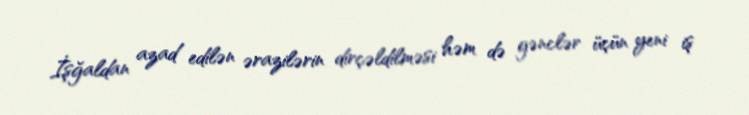
İşğaldan azad edilən ərazilərin dirçəldilməsi həm də gənclər üçün yeni iş